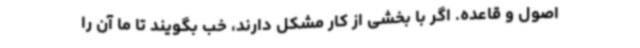
اصول و قاعده. اگر با بخشی از کار مشکل دارند، خب بگویند تا ما آن را